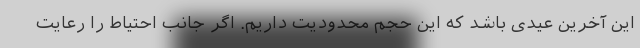
این آخرین عیدی باشد که این حجم محدودیت داریم. اگر جانب احتیاط را رعایت